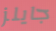
جايلز